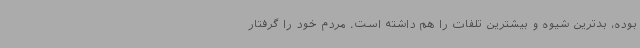
بوده، بدترین شیوه و بیشترین تلفات را هم داشته است. مردم خود را گرفتار